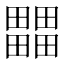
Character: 𤳳